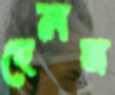
হেলম